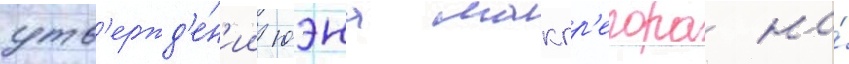
утв'ержд'е́н'ии юэна макгр'егора на́